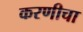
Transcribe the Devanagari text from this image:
करणीचा